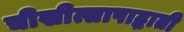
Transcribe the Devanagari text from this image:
चीखीत्सापाद्धाती